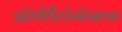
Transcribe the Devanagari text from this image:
ऑर्थोपैंटोमोग्राफ